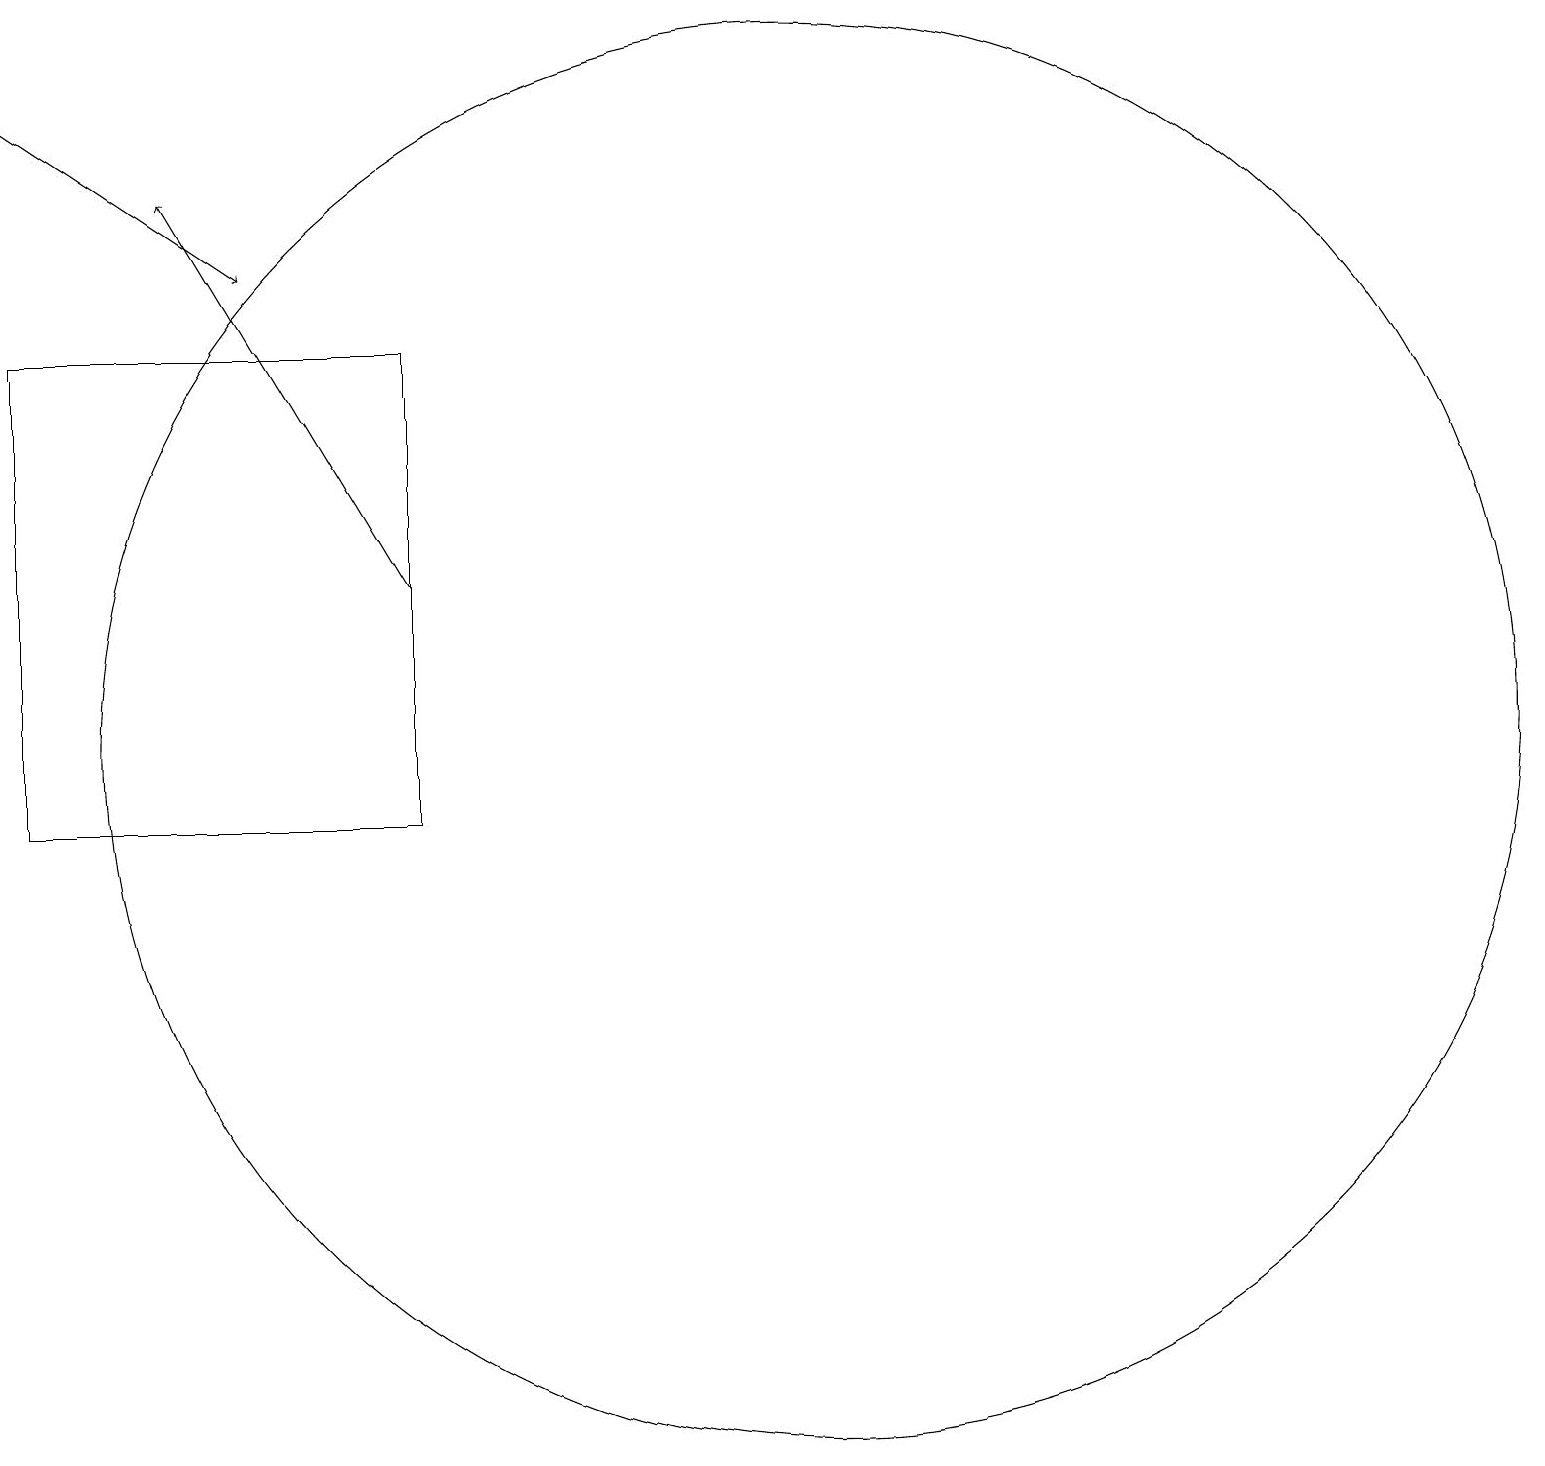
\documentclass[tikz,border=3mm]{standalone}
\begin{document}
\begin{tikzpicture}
\draw[->] (1,19) -- (4,17);
\draw (11,11) circle (9);
\draw (1,16) rectangle (6,10);
\draw[->] (6,13) -- (3,18);
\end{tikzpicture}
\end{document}